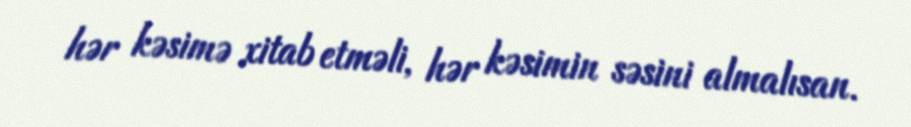
hər kəsimə xitab etməli, hər kəsimin səsini almalısan.